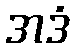
အဒံ